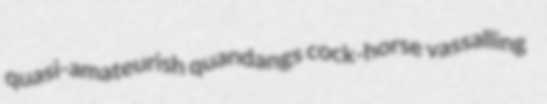
quasi-amateurish quandangs cock-horse vassalling